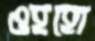
ওহহো